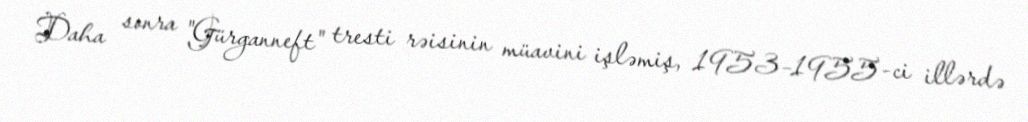
Daha sonra "Gürganneft" tresti rəisinin müavini işləmiş, 1953–1955-ci illərdə